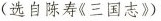
(选自陈寿《三国志》)